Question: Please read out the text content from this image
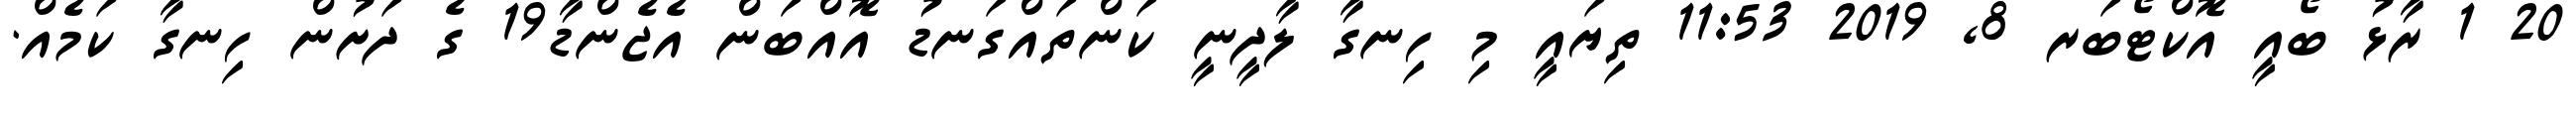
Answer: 20 1 ރާޅު ބޯއީ އޮކްޓޯބަރ 8, 2019 11:53 ތިޔައީ މި ހިނގާ ލާދީނީ ކަންތައްގަނޑު އޮއްބަން އެޖެންޑާ19 ގެ ދަށުން ހިނގާ ކަމެއް.